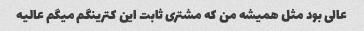
عالی بود مثل همیشه من که مشتری ثابت این کترینگم میگم عالیه